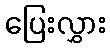
ပြေးလွှား